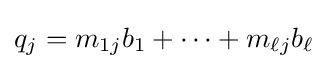
q_{j}=m_{1j}b_{1}+\cdots +m_{\ell j}b_{\ell }